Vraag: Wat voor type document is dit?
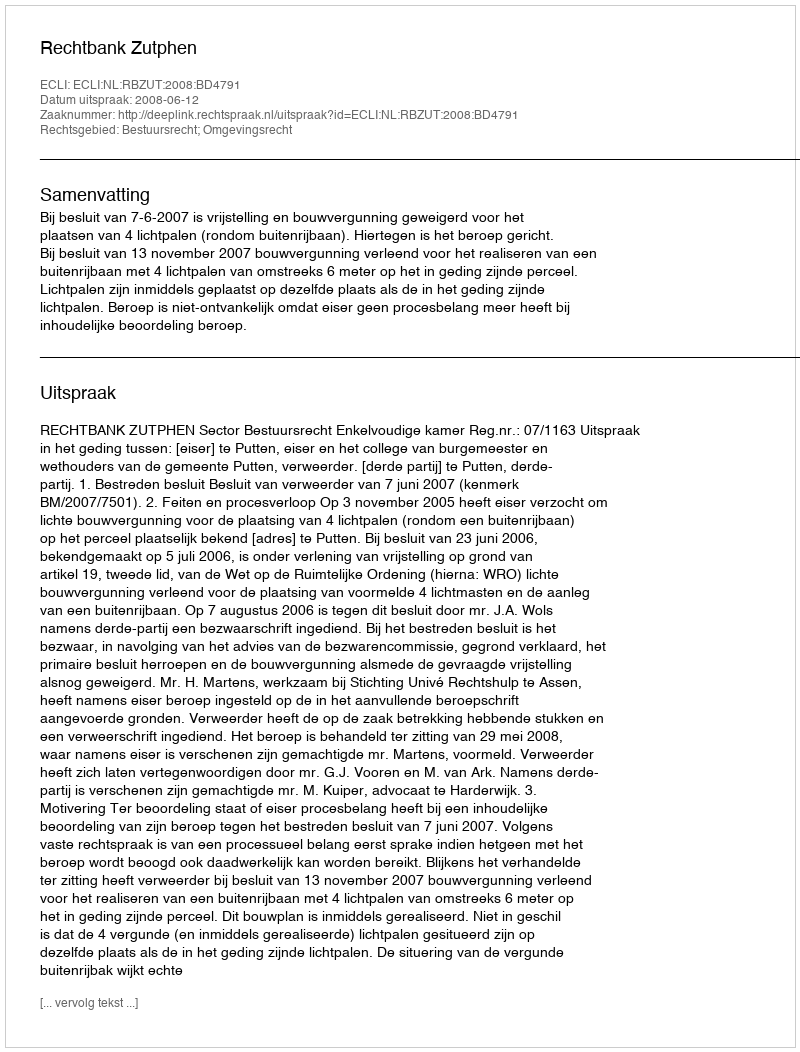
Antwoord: Uitspraak